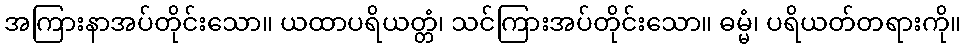
အကြားနာအပ်တိုင်းသော။ ယထာပရိယတ္တံ၊ သင်ကြားအပ်တိုင်းသော။ ဓမ္မံ၊ ပရိယတ်တရားကို။